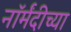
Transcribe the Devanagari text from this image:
नॉर्मंदीच्या